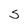
Character: S